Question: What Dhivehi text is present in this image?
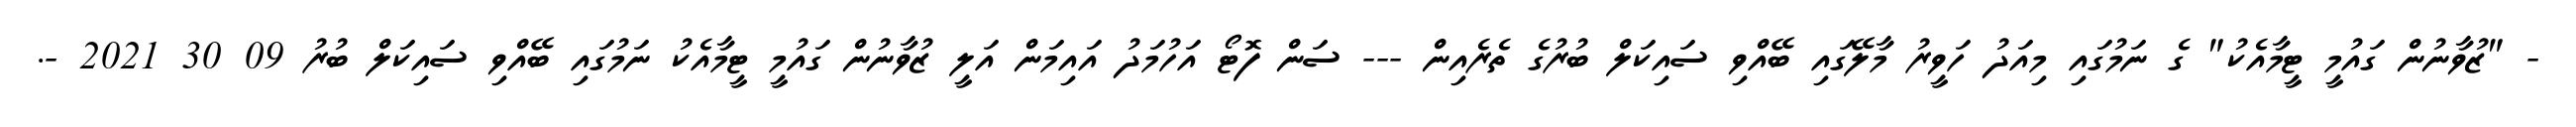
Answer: - "ޒުވާނުން ގައުމީ ޓީމާއެކު" ގެ ނަމުގައި މިއަދު ހަވީރު މާލޭގައި ބޭއްވި ސައިކަލް ބުރުގެ ތެރެއިން --- ސަން ފޮޓޯ އަހުމަދު އައިމަން އަލީ ޒުވާނުން ގައުމީ ޓީމާއެކު ނަމުގައި ބޭއްވި ސައިކަލް ބުރު 09 30 2021 -.